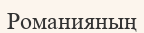
Романияның